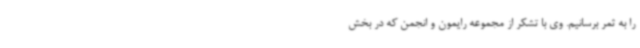
را به ثمر برسانیم. وی با تشکر از مجموعه رایمون و انجمن که در بخش